65_HS1-101634279_100-DE-26505
Agency: FBI
Incident date: 11/7/57
Incident location: Germany
Page 6
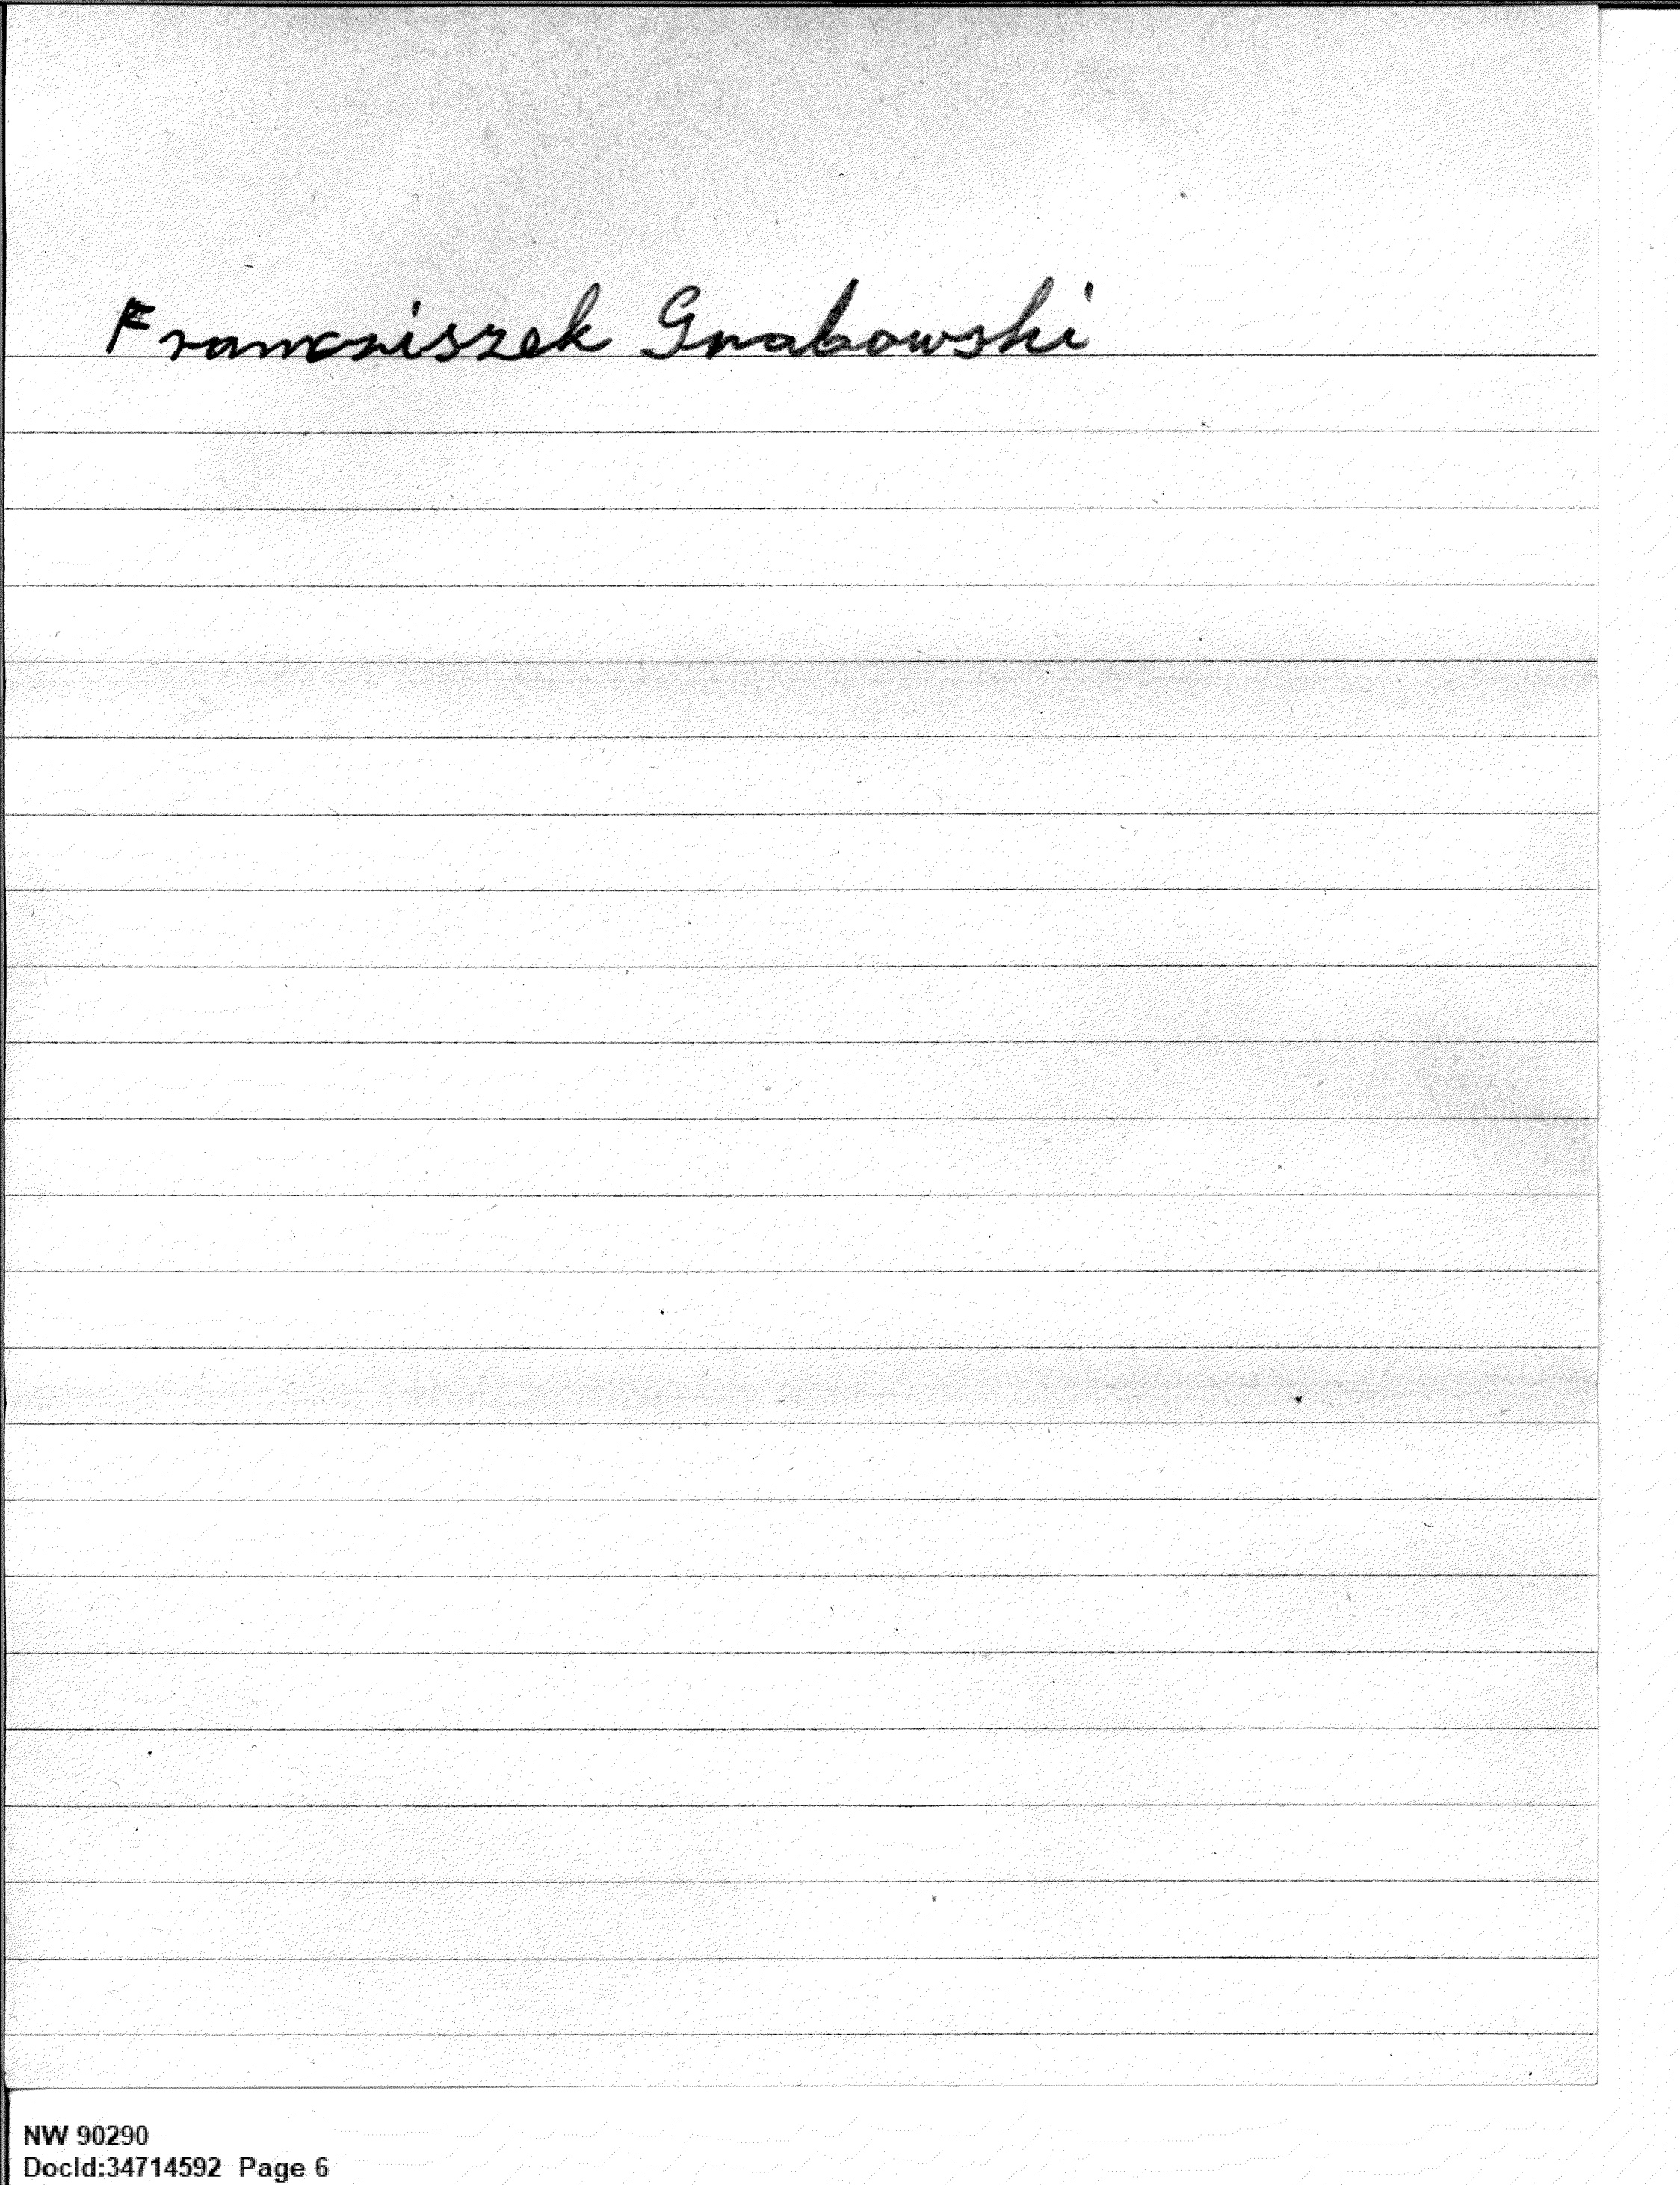